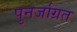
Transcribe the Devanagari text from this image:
पुनर्जाग्रत